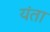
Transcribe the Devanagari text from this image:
यंता